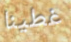
غطينا